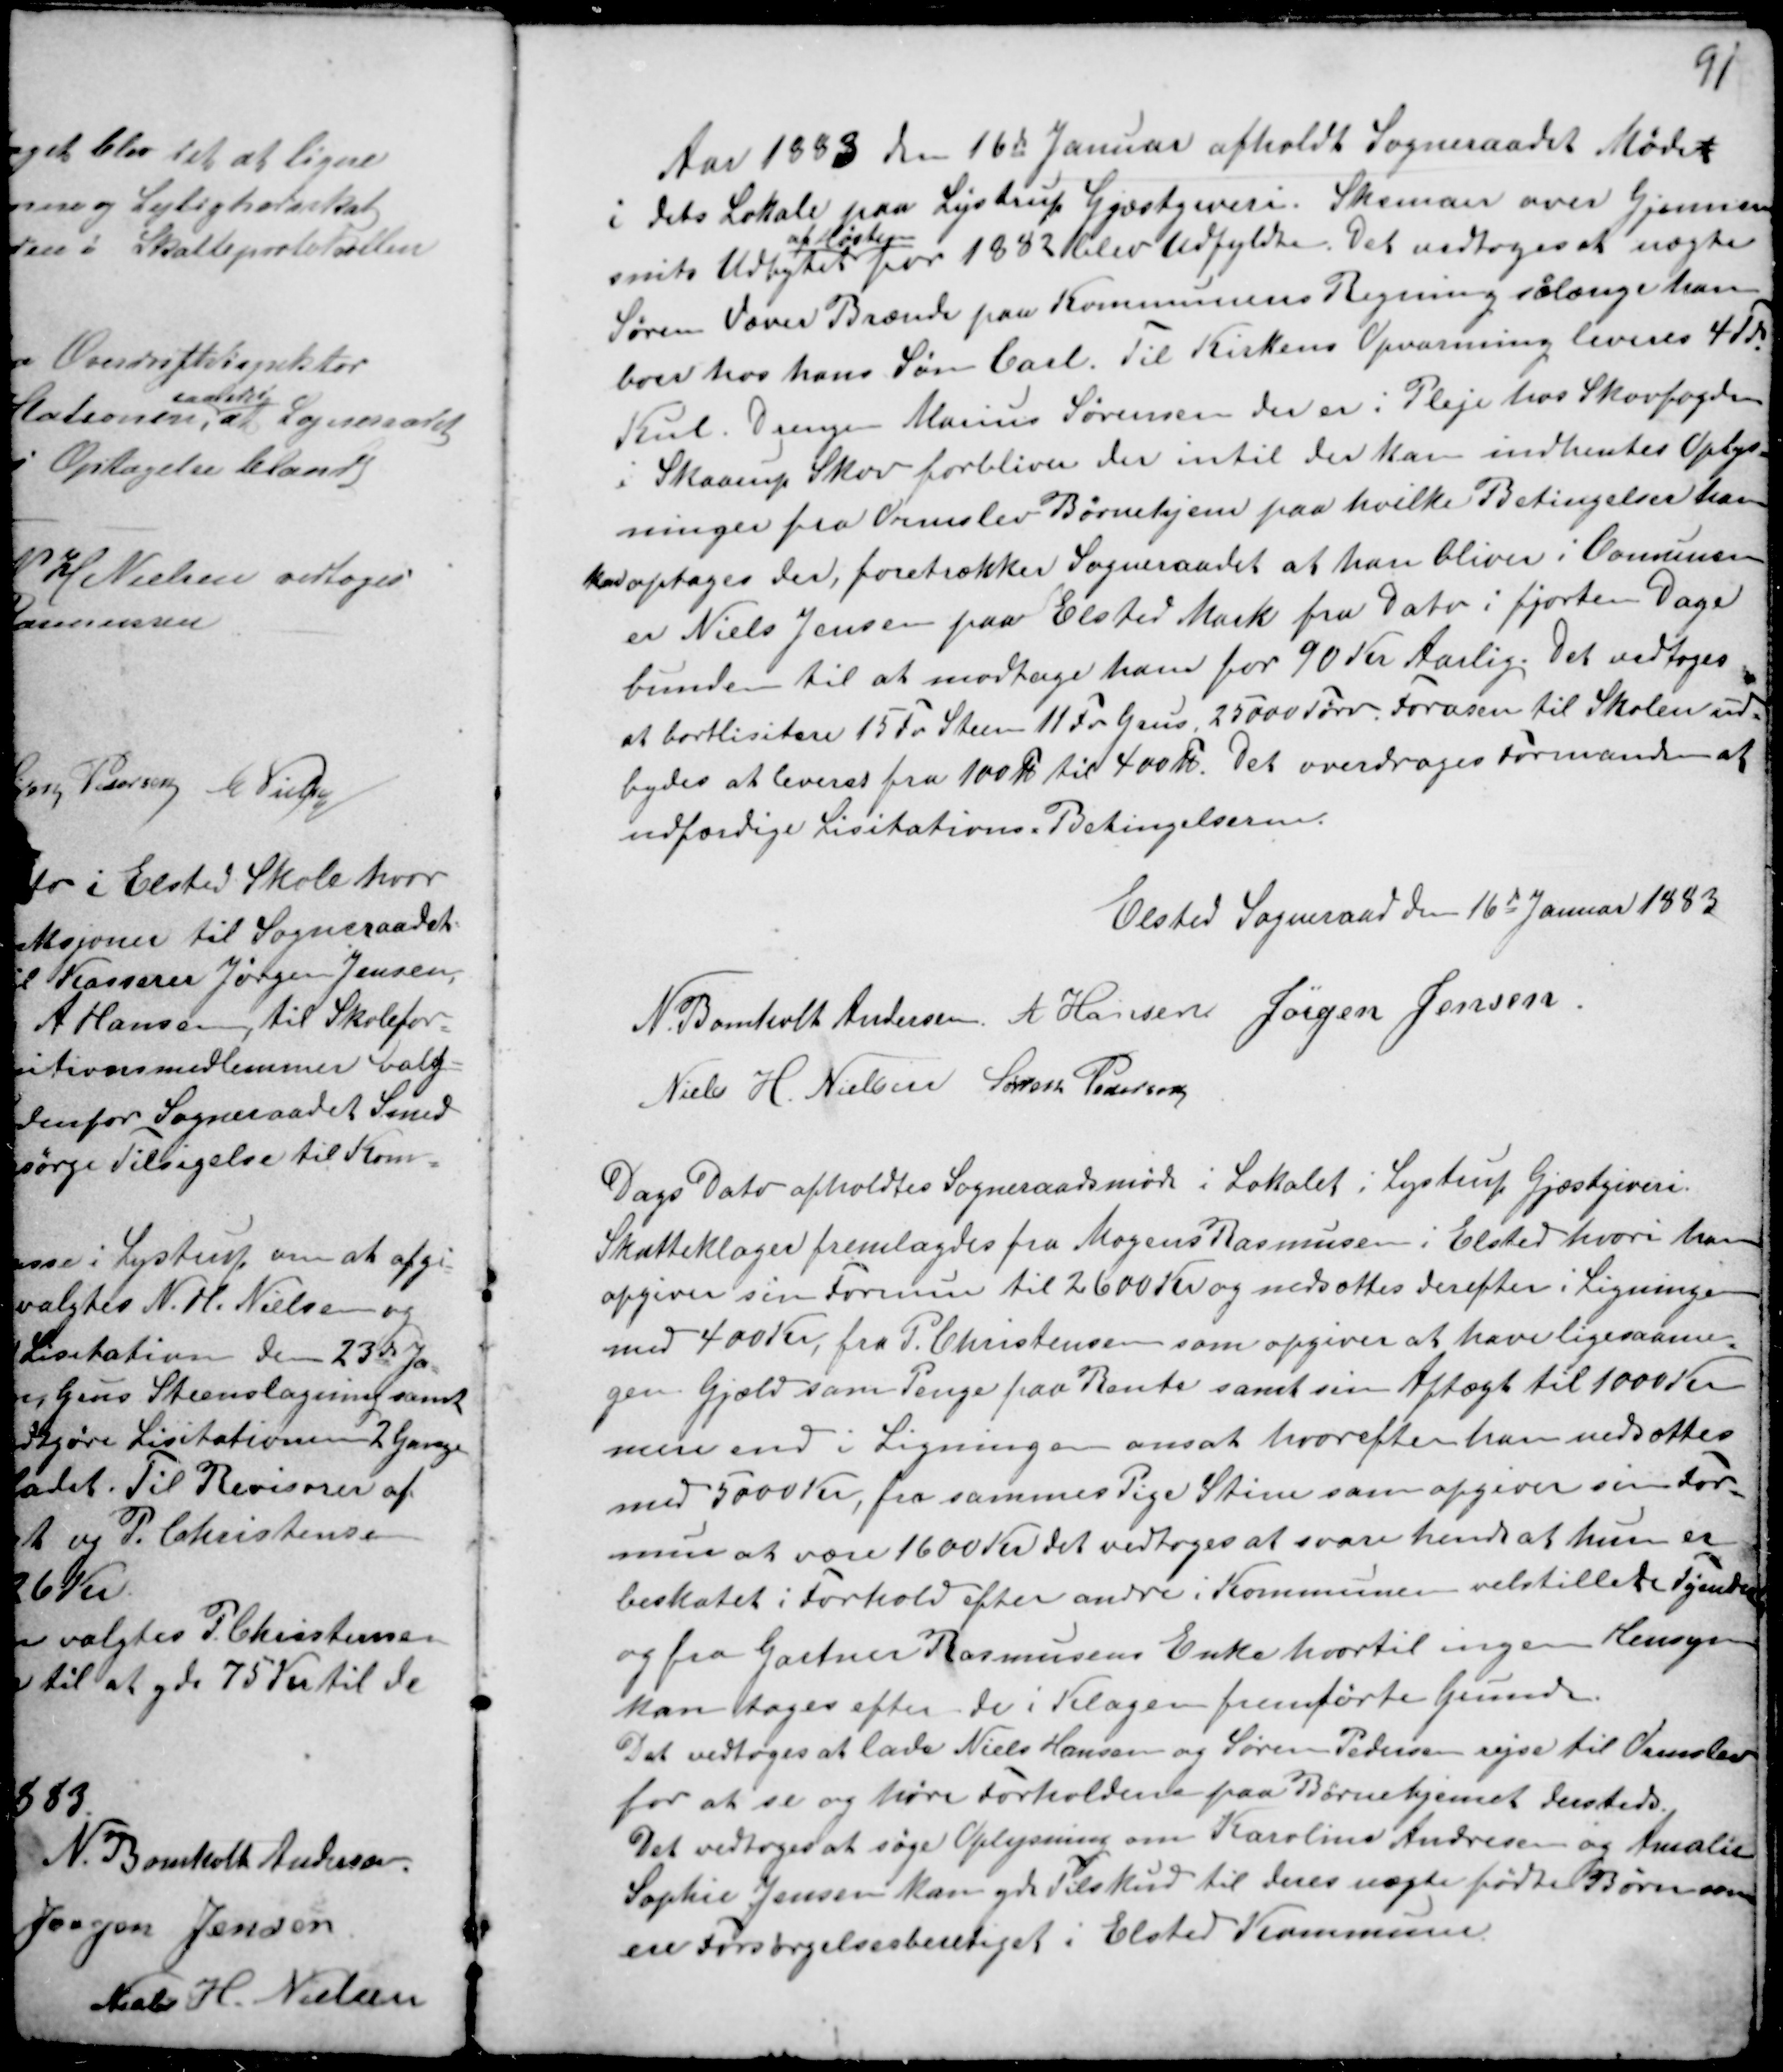
Transskription:
Aar 1883 den 16de Januar afholdt Sogneraadet Mødet
i dets Lokale paa Lystrup Gjæstgiveri. Skemaer over Gjennem
snits Udbyttet
af Høsten
for 1883 blev udfyldte. Det vedtoges at nægte
Søren Væver Brænde paa Kommunens Regning sålænge han
boer hos hans Søn Carl. Til Kirkens Opvarmning leveres 4 Td.
Kul. Drengen Marius Sørensen der er i Pleje hos Skovfogden
i Skaarup Skov forbliver der intil der kan indhentes Oplys-
ninger fra Ormslev Børnehjem paa hvilke Betingelser han
kan optages der, foretrækker Sogneraadet at han bliver i Comuns
er Niels Jensen paa Elsted Mark fra Dato i fjorten Dage
bunden til at modtage ham for 90 Kr Aarlig. Det vedtoges
at bortlisitere 15 Fv Steen 11 Fv Grus 25000 Tørv. Forasen til Skolen ud-
bydes at levere fra 100 Fv til 400 Fv. Det overdrages til Formanden at
udfærdige Lisitations Betingelserne.

Elsted Sogneraad den 16de Januar 1883
N. Bomholt Andersen. A Hansen Jørgen Jensen.
Niels H. Nielsen Søren Pedersen

Dags Dato afholdtes Sogneraadsmøde i Lokalet i Lystrup Gjæstgiveri.
Skatteklager fremlagdes fra Mogens Rasmussen i Elsted hvori han
opgiver sin Formue til 2600 Kr og nedsættes derefter i Ligningen
med 400 Kr, fra P. Christensen som opgiver at have ligesaame-
gen Gjæld som Penge paa Rente samt sin Aftægt til 1000 Kr
mere end i Ligningen ansat hvorefter han nedsættes
med 5000 Kr, fra sammes Pige Stine som opgiver sin For-
mue at være 1600 Kr det vedtoges at svare at hun er
beskatet i Forhold efter andre i Kommunen velstillede Tyende
og fra Gartner Rasmussens Enke hvortil ingen Hensyn
kan tages efter de i Klagen fremførte Grunde.
Det vedtoges at lade Niels Hansen og Søren Pedersen rejse til Ormslev
for at se og høre Forholdende paa Børnehjemet dersteds.
Det vedtoges at søge Oplysning om Karoline Andresen og Amalie
Sophie Jensen kan yde Tilskud til deres uægte fødte Børn som
ere Forsørgelsesberetiget i Elsted Kommune.